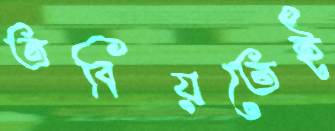
তবিয়তেই